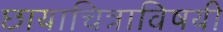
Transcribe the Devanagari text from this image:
छायाचित्राविषयी